Indian journal of veterinary science and animal husbandry - Volume 4,
Year: 1934
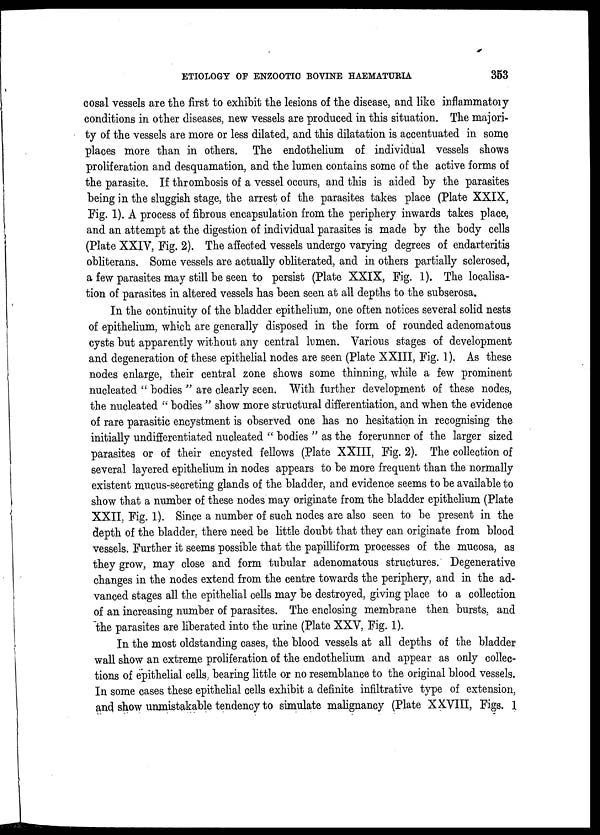
ETIOLOGY OF ENZOOTIC BOVINE HAEMATURIA
353
cosal vessels are the first to exhibit the lesions of the disease, and like inflammatory
conditions in other diseases, new vessels are produced in this situation. The majori-
ty of the vessels are more or less dilated, and this dilatation is accentuated in some
places more than in others. The endothelium of individual vessels shows
proliferation and desquamation, and the lumen contains some of the active forms of
the parasite. If thrombosis of a vessel occurs, and this is aided by the parasites
being in the sluggish stage, the arrest of the parasites takes place (Plate XXIX,
Fig. 1). A process of fibrous encapsulation from the periphery inwards takes place,
and an attempt at the digestion of individual parasites is made by the body cells
(Plate XXIV, Fig. 2). The affected vessels undergo varying degrees of endarteritis
obliterans. Some vessels are actually obliterated, and in others partially sclerosed,
a few parasites may still be seen to persist (Plate XXIX, Fig. 1). The localisa-
tion of parasites in altered vessels has been seen at all depths to the subserosa.
In the continuity of the bladder epithelium, one often notices several solid nests
of epithelium, which are generally disposed in the form of rounded adenomatous
cysts but apparently without any central lumen. Various stages of development
and degeneration of these epithelial nodes are seen (Plate XXIII, Fig. 1). As these
nodes enlarge, their central zone shows some thinning, while a few prominent
nucleated " bodies " are clearly seen. With further development of these nodes,
the nucleated " bodies " show more structural differentiation, and when the evidence
of rare parasitic encystment is observed one has no hesitation in recognising the
initially undifferentiated nucleated " bodies " as the forerunner of the larger sized
parasites or of their encysted fellows (Plate XXIII, Fig. 2). The collection of
several layered epithelium in nodes appears to be more frequent than the normally
existent mucus-secreting glands of the bladder, and evidence seems to be available to
show that a number of these nodes may originate from the bladder epithelium (Plate
XXII, Fig. 1). Since a number of such nodes are also seen to be present in the
depth of the bladder, there need be little doubt that they can originate from blood
vessels. Further it seems possible that the papilliform processes of the mucosa, as
they grow, may close and form tubular adenomatous structures. Degenerative
changes in the nodes extend from the centre towards the periphery, and in the ad-
vanced stages all the epithelial cells may be destroyed, giving place to a collection
of an increasing number of parasites. The enclosing membrane then bursts, and
the parasites are liberated into the urine (Plate XXV, Fig. 1).
In the most oldstanding cases, the blood vessels at all depths of the bladder
wall show an extreme proliferation of the endothelium and appear as only collec-
tions of epithelial cells, bearing little or no resemblance to the original blood vessels.
In some cases these epithelial cells exhibit a definite infiltrative type of extension,
and show unmistakable tendency to simulate malignancy (Plate XXVIII, Figs. 1